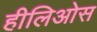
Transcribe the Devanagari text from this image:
हीलिओस